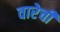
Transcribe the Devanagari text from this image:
वारेची